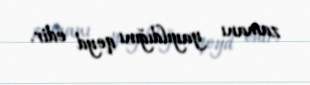
zamanı yayıldığını qeyd edir.